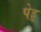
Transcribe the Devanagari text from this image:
पेड्ड